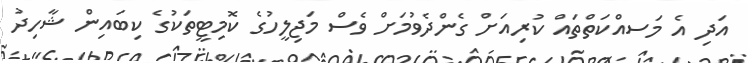
އަދި އެ މަސއްކަތްތައް ކުރިއަށް ގެންދެވުމަށް ވެސް މަޖިލީހުގެ ކޮމިޓީތަކުގެ ކިބައިން ޝާހިދު